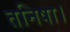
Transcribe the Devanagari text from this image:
तनिषा।